Civil Veterinary Department ledger series I-VI
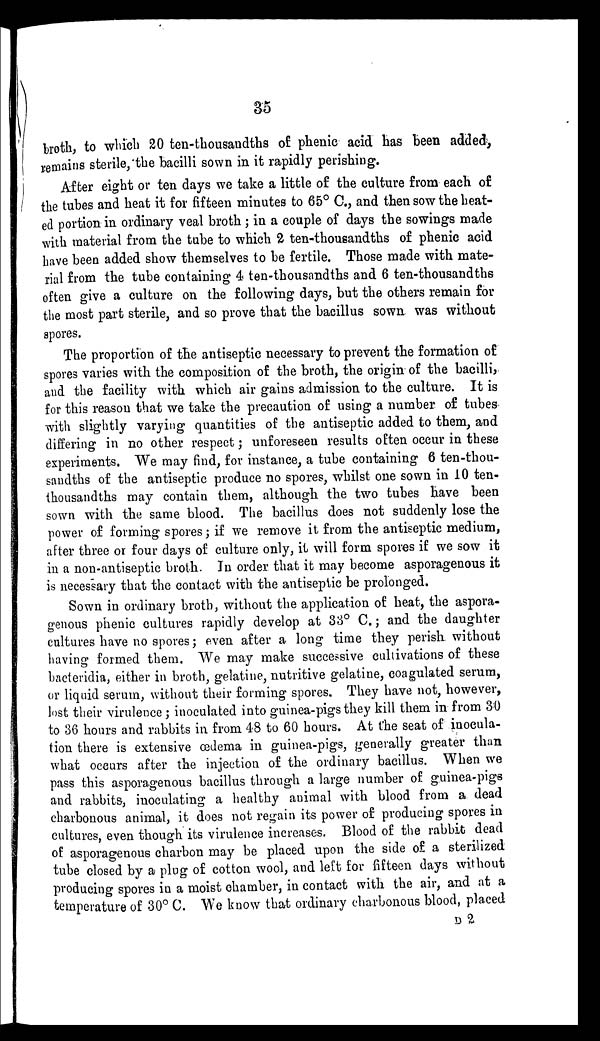
35
broth, to which 20 ten-thousandths of phenic acid has been added,
remains sterile, the bacilli sown in it rapidly perishing.
After eight or ten days we take a little of the culture from each of
the tubes and heat it for fifteen minutes to 65° C., and then sow the heat-
ed portion in ordinary veal broth; in a couple of days the sowings made
with material from the tube to which 2 ten-thousandths of phenic acid
have been added show themselves to be fertile. Those made with mate-
rial from the tube containing 4 ten-thousandths and 6 ten-thousandths
often give a culture on the following days, but the others remain for
the most part sterile, and so prove that the bacillus sown was without
spores.
The proportion of the antiseptic necessary to prevent the formation of
spores varies with the composition of the broth, the origin of the bacilli,
and the facility with which air gains admission to the culture. It is
for this reason that we take the precaution of using a number of tubes
with slightly varying quantities of the antiseptic added to them, and
differing in no other respect; unforeseen results often occur in these
experiments. We may find, for instance, a tube containing 6 ten-thou-
sandths of the antiseptic produce no spores, whilst one sown in 10 ten-
thousandths may contain them, although the two tubes have been
sown with the same blood. The bacillus does not suddenly lose the
power of forming spores; if we remove it from the antiseptic medium,
after three or four days of culture only, it will form spores if we sow it
in a non-antiseptic broth. In order that it may become asporagenous it
is necessary that the contact with the antiseptic be prolonged.
Sown in ordinary broth, without the application of heat, the aspora-
genous phenic cultures rapidly develop at 33° C.; and the daughter
cultures have no spores; even after a long time they perish without
having formed them. We may make successive cultivations of these
bacteridia, either in broth, gelatine, nutritive gelatine, coagulated serum,
or liquid serum, without their forming spores. They have not, however,
lost their virulence; inoculated into guinea-pigs they kill them in from 30
to 36 hours and rabbits in from 48 to 60 hours. At the seat of inocula-
tion there is extensive œdema in guinea-pigs, generally greater than
what occurs after the injection of the ordinary bacillus. When we
pass this asporagenous bacillus through a large number of guinea-pigs
and rabbits, inoculating a healthy animal with blood from a dead
charbonous animal, it does not regain its power of producing spores in
cultures, even though its virulence increases. Blood of the rabbit dead
of asporagenous charbon may be placed upon the side of a sterilized
tube closed by a plug of cotton wool, and left for fifteen days without
producing spores in a moist chamber, in contact with the air, and at a
temperature of 30° C. We know that ordinary charbonous blood, placed
D 2